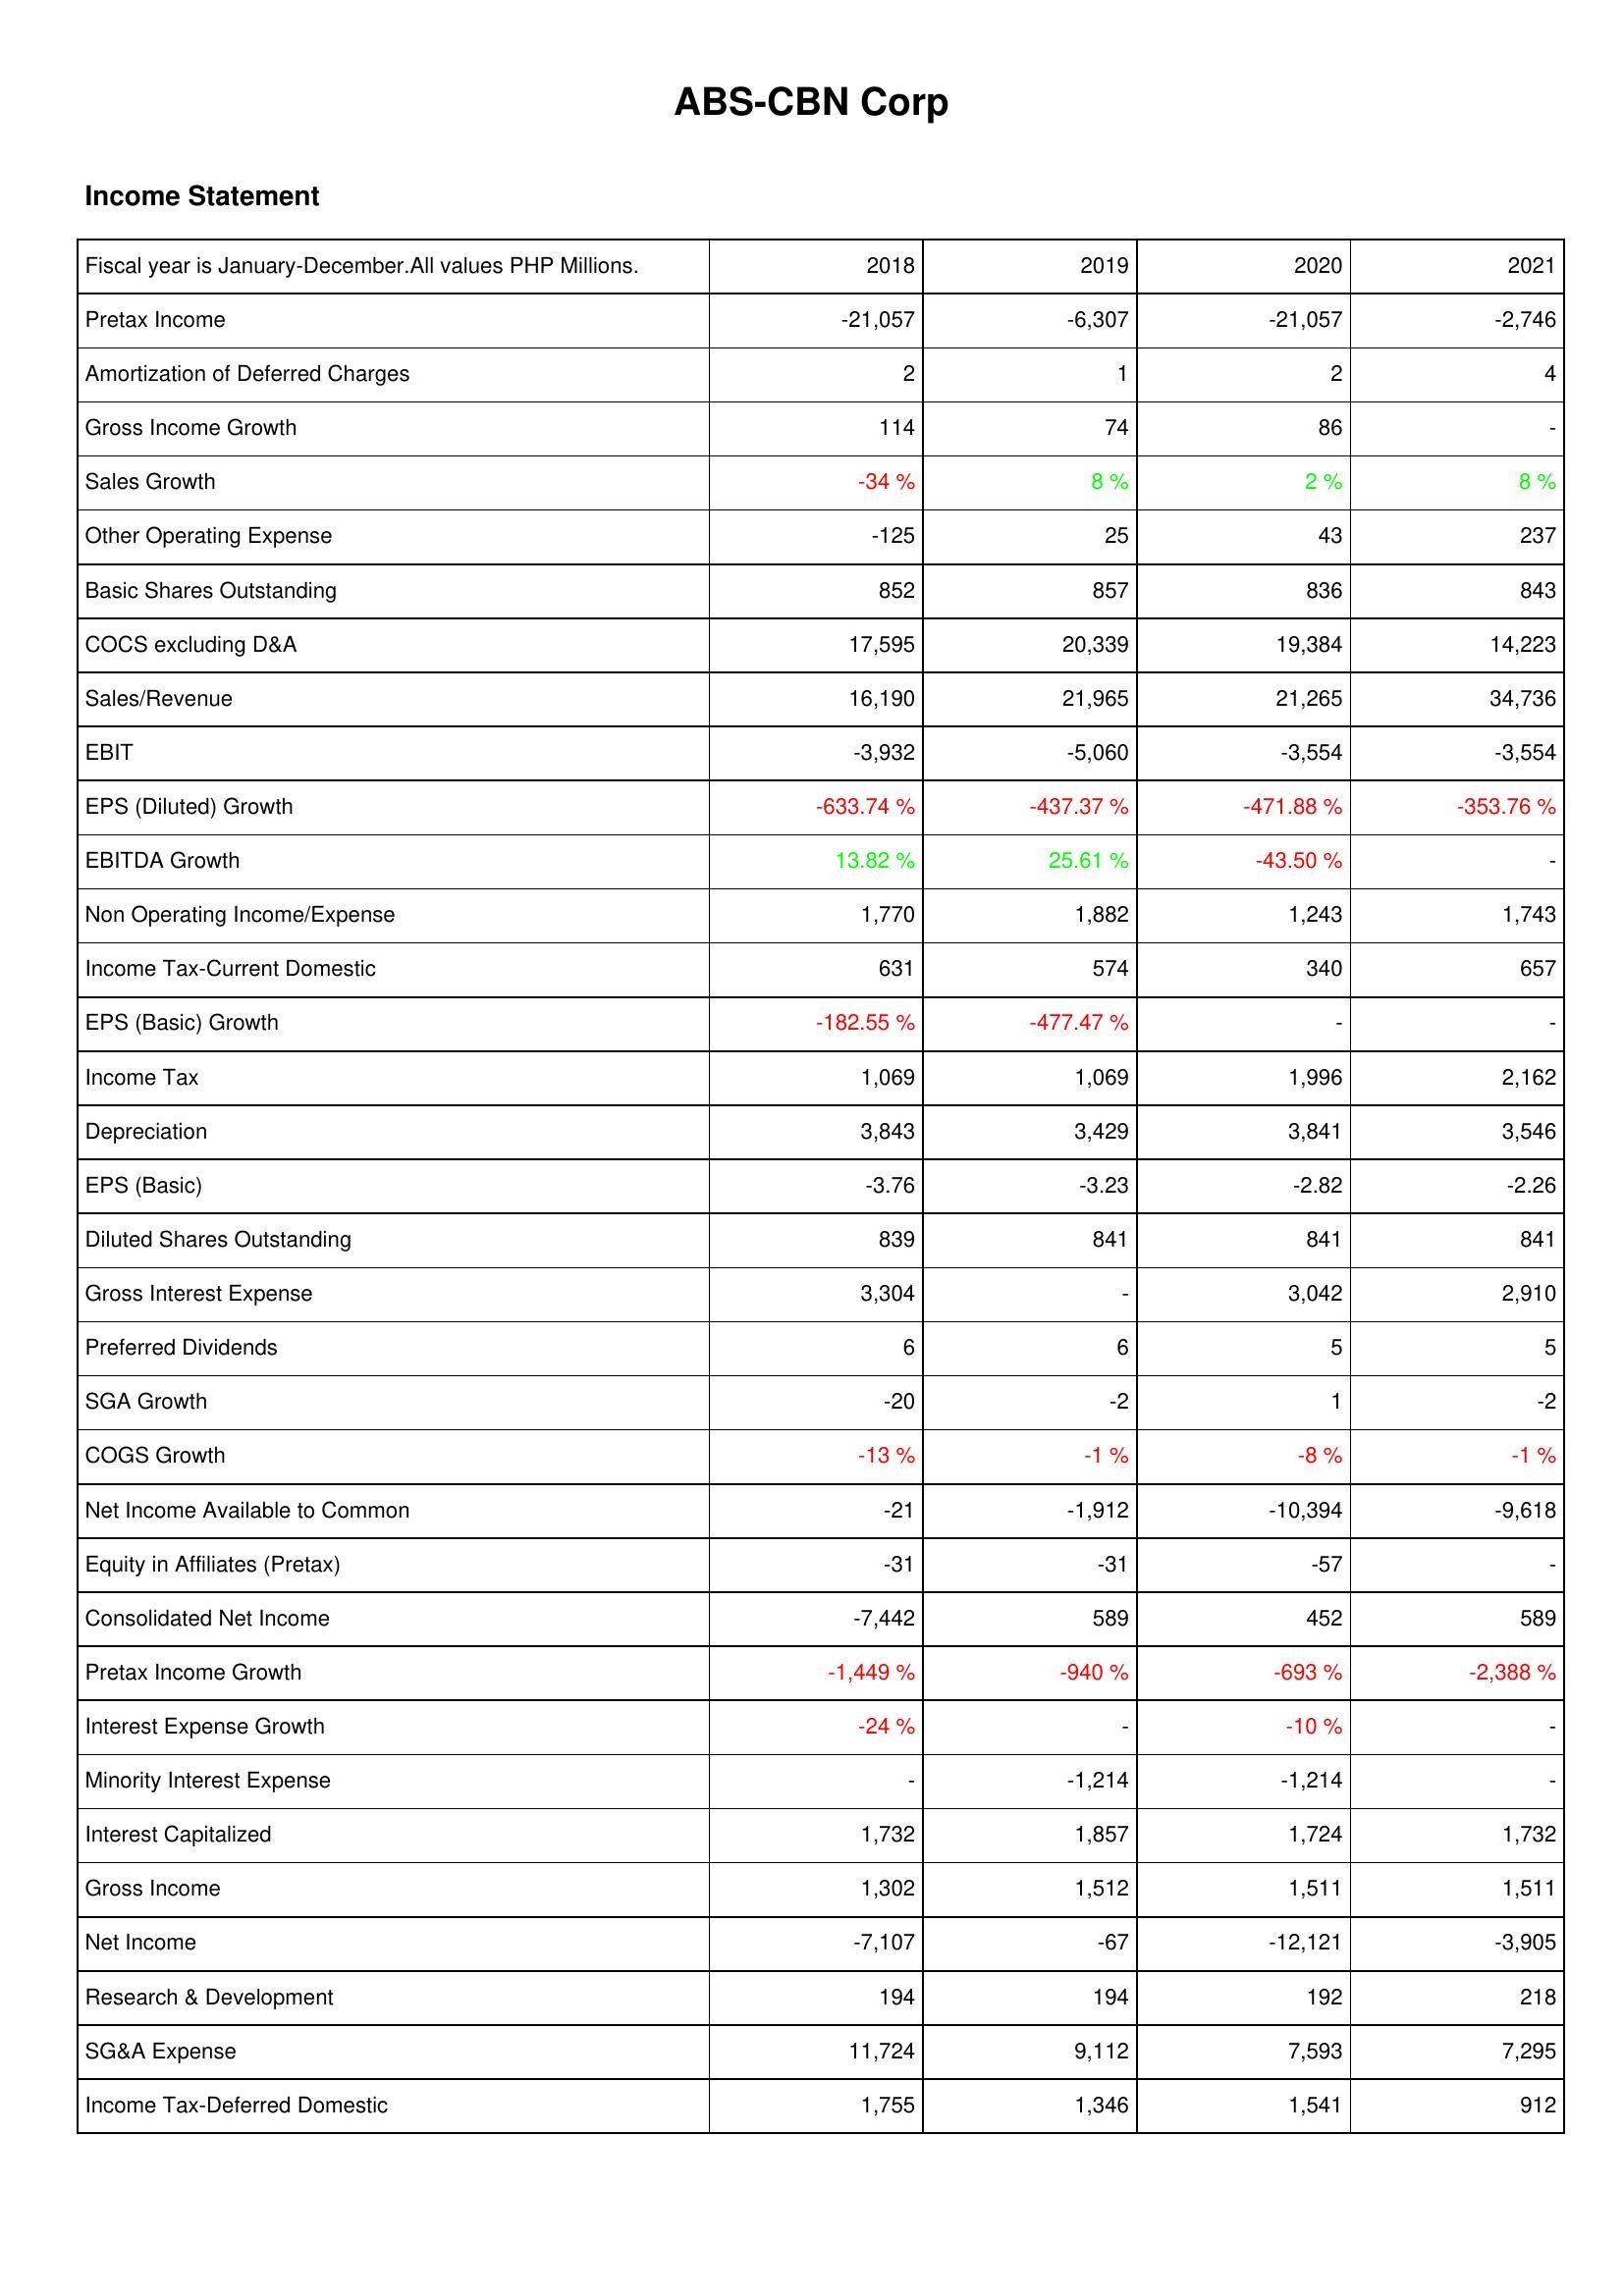
2018: Income Statement: Pretax Income: -21,057
Amortization of Deferred Charges: 2
Gross Income Growth: 114
Sales Growth: -34 %
Other Operating Expense: -125
Basic Shares Outstanding: 852
COCS excluding D&A: 17,595
Sales/Revenue: 16,190
EBIT: -3,932
EPS (Diluted) Growth: -633.74 %
EBITDA Growth: 13.82 %
Non Operating Income/Expense: 1,770
Income Tax-Current Domestic: 631
EPS (Basic) Growth: -182.55 %
Income Tax: 1,069
Depreciation: 3,843
EPS (Basic): -3.76
Diluted Shares Outstanding: 839
Gross Interest Expense: 3,304
Preferred Dividends: 6
SGA Growth: -20
COGS Growth: -13 %
Net Income Available to Common: -21
Equity in Affiliates (Pretax): -31
Consolidated Net Income: -7,442
Pretax Income Growth: -1,449 %
Interest Expense Growth: -24 %
Minority Interest Expense: -
Interest Capitalized: 1,732
Gross Income: 1,302
Net Income: -7,107
Research & Development: 194
SG&A Expense: 11,724
Income Tax-Deferred Domestic: 1,755
2019: Income Statement: Pretax Income: -6,307
Amortization of Deferred Charges: 1
Gross Income Growth: 74
Sales Growth: 8 %
Other Operating Expense: 25
Basic Shares Outstanding: 857
COCS excluding D&A: 20,339
Sales/Revenue: 21,965
EBIT: -5,060
EPS (Diluted) Growth: -437.37 %
EBITDA Growth: 25.61 %
Non Operating Income/Expense: 1,882
Income Tax-Current Domestic: 574
EPS (Basic) Growth: -477.47 %
Income Tax: 1,069
Depreciation: 3,429
EPS (Basic): -3.23
Diluted Shares Outstanding: 841
Gross Interest Expense: -
Preferred Dividends: 6
SGA Growth: -2
COGS Growth: -1 %
Net Income Available to Common: -1,912
Equity in Affiliates (Pretax): -31
Consolidated Net Income: 589
Pretax Income Growth: -940 %
Interest Expense Growth: -
Minority Interest Expense: -1,214
Interest Capitalized: 1,857
Gross Income: 1,512
Net Income: -67
Research & Development: 194
SG&A Expense: 9,112
Income Tax-Deferred Domestic: 1,346
2020: Income Statement: Pretax Income: -21,057
Amortization of Deferred Charges: 2
Gross Income Growth: 86
Sales Growth: 2 %
Other Operating Expense: 43
Basic Shares Outstanding: 836
COCS excluding D&A: 19,384
Sales/Revenue: 21,265
EBIT: -3,554
EPS (Diluted) Growth: -471.88 %
EBITDA Growth: -43.50 %
Non Operating Income/Expense: 1,243
Income Tax-Current Domestic: 340
EPS (Basic) Growth: -
Income Tax: 1,996
Depreciation: 3,841
EPS (Basic): -2.82
Diluted Shares Outstanding: 841
Gross Interest Expense: 3,042
Preferred Dividends: 5
SGA Growth: 1
COGS Growth: -8 %
Net Income Available to Common: -10,394
Equity in Affiliates (Pretax): -57
Consolidated Net Income: 452
Pretax Income Growth: -693 %
Interest Expense Growth: -10 %
Minority Interest Expense: -1,214
Interest Capitalized: 1,724
Gross Income: 1,511
Net Income: -12,121
Research & Development: 192
SG&A Expense: 7,593
Income Tax-Deferred Domestic: 1,541
2021: Income Statement: Pretax Income: -2,746
Amortization of Deferred Charges: 4
Gross Income Growth: -
Sales Growth: 8 %
Other Operating Expense: 237
Basic Shares Outstanding: 843
COCS excluding D&A: 14,223
Sales/Revenue: 34,736
EBIT: -3,554
EPS (Diluted) Growth: -353.76 %
EBITDA Growth: -
Non Operating Income/Expense: 1,743
Income Tax-Current Domestic: 657
EPS (Basic) Growth: -
Income Tax: 2,162
Depreciation: 3,546
EPS (Basic): -2.26
Diluted Shares Outstanding: 841
Gross Interest Expense: 2,910
Preferred Dividends: 5
SGA Growth: -2
COGS Growth: -1 %
Net Income Available to Common: -9,618
Equity in Affiliates (Pretax): -
Consolidated Net Income: 589
Pretax Income Growth: -2,388 %
Interest Expense Growth: -
Minority Interest Expense: -
Interest Capitalized: 1,732
Gross Income: 1,511
Net Income: -3,905
Research & Development: 218
SG&A Expense: 7,295
Income Tax-Deferred Domestic: 912